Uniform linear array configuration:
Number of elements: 8
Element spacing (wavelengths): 0.5
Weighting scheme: kaiser
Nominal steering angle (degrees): -45
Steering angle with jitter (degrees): -46.41
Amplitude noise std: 0.05
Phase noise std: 0.05

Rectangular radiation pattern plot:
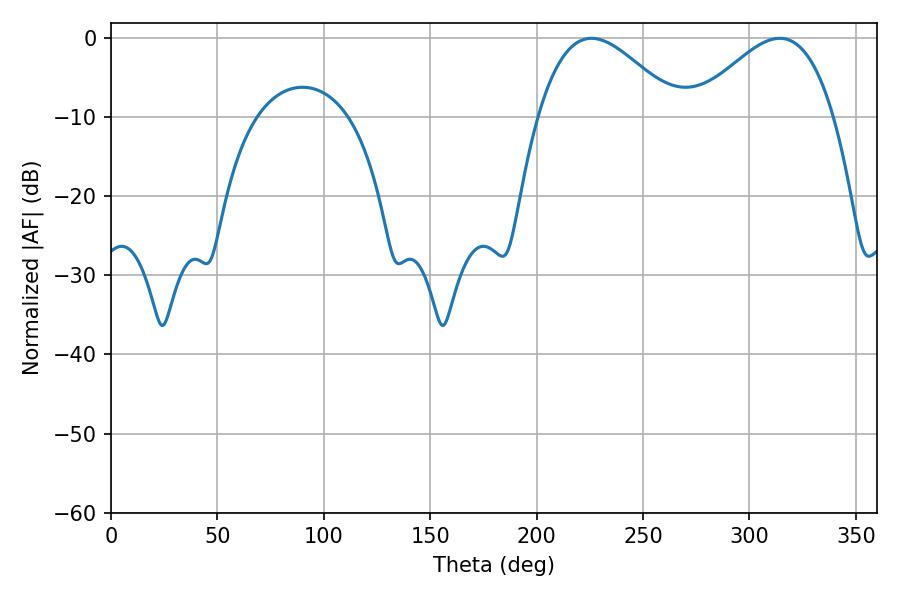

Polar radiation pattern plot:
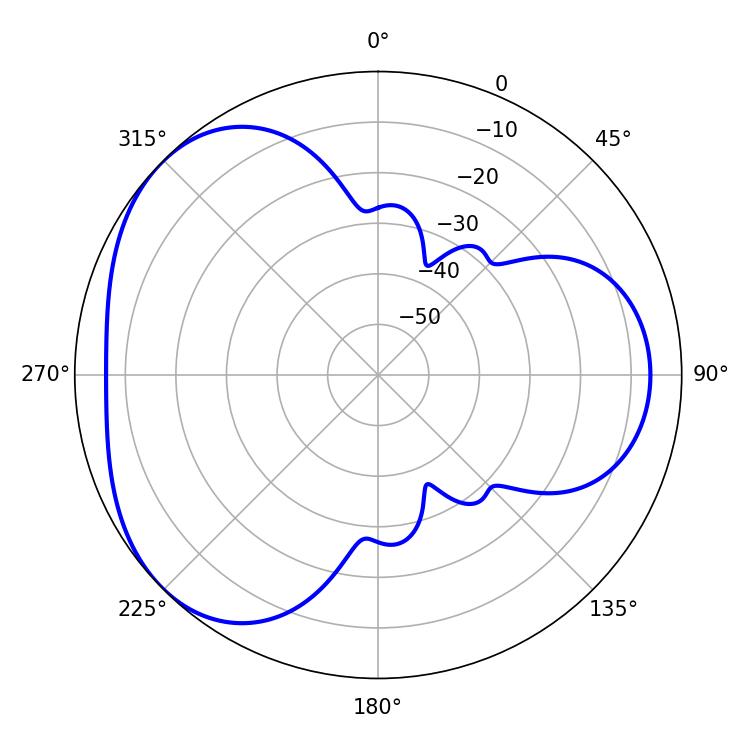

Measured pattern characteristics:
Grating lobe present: FALSE
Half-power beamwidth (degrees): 35.46
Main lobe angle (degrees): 225.72